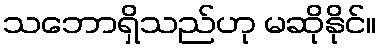
သဘောရှိသည်ဟု မဆိုနိုင်။